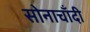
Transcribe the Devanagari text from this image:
सोनाचाँदी